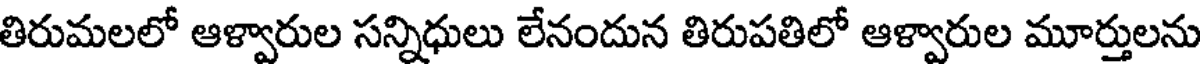
తిరుమలలో ఆళ్వారుల సన్నిధులు లేనందున తిరుపతిలో ఆళ్వారుల మూర్తులను